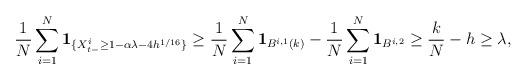
LaTeX: \begin{align*}\frac{1}{N}\sum_{i=1}^{N}{\mathbf{1}}_{\{X_{t-}^{i}\geq1-\alpha\lambda-4h^{1/16}\}}\geq\frac{1}{N}\sum_{i=1}^{N}{\mathbf{1}}_{B^{i,1}(k)}-\frac{1}{N}\sum_{i=1}^{N}{\mathbf{1}}_{B^{i,2}}\geq\frac{k}{N}- h \geq \lambda,\end{align*}